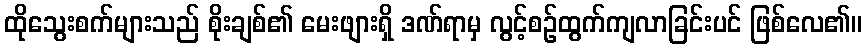
ထိုသွေးစက်များသည် စိုးချစ်၏ မေးဖျားရှိ ဒဏ်ရာမှ လွင့်စဉ်ထွက်ကျလာခြင်းပင် ဖြစ်လေ၏။